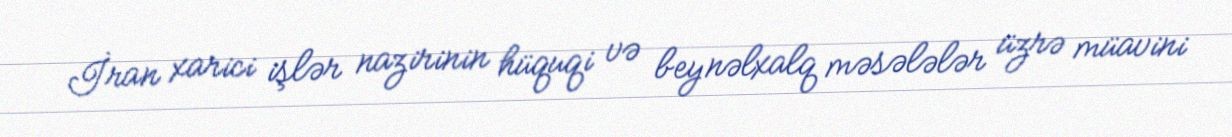
İran xarici işlər nazirinin hüquqi və beynəlxalq məsələlər üzrə müavini